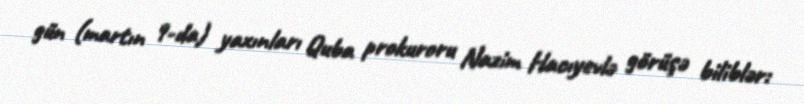
gün (martın 9-da) yaxınları Quba prokuroru Nazim Hacıyevlə görüşə biliblər: